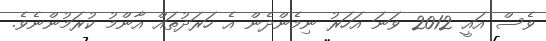
ވެސް އައީ 2012 ވަނަ އަހަރު ނިމެންދެން އެ ހަރަދުތައް އާންމު ކުރަމުންނެވެ.